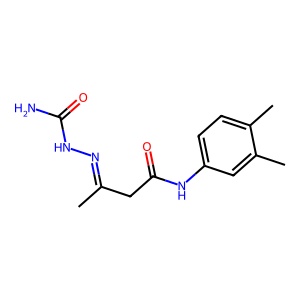
SMILES: CC(CC(=O)Nc1ccc(C)c(C)c1)=NNC(N)=O
Inhibits HIV replication: No